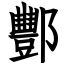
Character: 酆